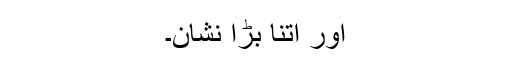
اور اتنا بڑا نشان۔